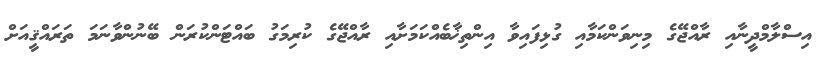
އިސްލާމްދީނާއި ރާއްޖޭގެ މިނިވަންކަމާއި ގުޅިފައިވާ އިންތިޚާބެއްކަމަށާއި ރާއްޖޭގެ ކުރިމަގު ބައްޓަންކުރަން ބޭނުންވާނަމަ ތަރައްޤީއަށް